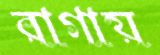
রাগায়